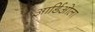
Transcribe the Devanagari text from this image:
आर्डिओला